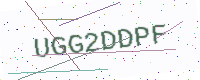
Text: UGG2DDPF